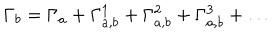
LaTeX: \Gamma _ { b } = \Gamma _ { a } + \Gamma _ { a , b } ^ { 1 } + \Gamma _ { a , b } ^ { 2 } + \Gamma _ { a , b } ^ { 3 } + \dots